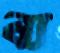
ব্য